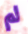
لم